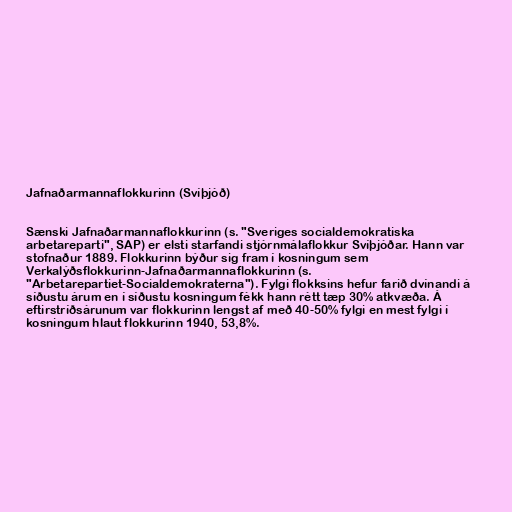
Jafnaðarmannaflokkurinn (Svíþjóð)

Sænski Jafnaðarmannaflokkurinn (s. "Sveriges socialdemokratiska
arbetareparti", SAP) er elsti starfandi stjórnmálaflokkur Svíþjóðar. Hann var
stofnaður 1889. Flokkurinn býður sig fram í kosningum sem
Verkalýðsflokkurinn-Jafnaðarmannaflokkurinn (s.
"Arbetarepartiet-Socialdemokraterna"). Fylgi flokksins hefur farið dvínandi á
síðustu árum en í síðustu kosningum fékk hann rétt tæp 30% atkvæða. Á
eftirstríðsárunum var flokkurinn lengst af með 40-50% fylgi en mest fylgi í
kosningum hlaut flokkurinn 1940, 53,8%.